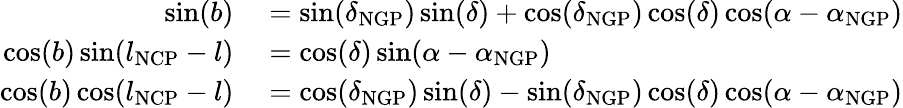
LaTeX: \begin{array}{rl}{\sin(b)}&{{}=\sin(\delta_{\mathrm{NGP}})\sin(\delta)+\cos(\delta_{\mathrm{NGP}})\cos(\delta)\cos(\alpha-\alpha_{\mathrm{NGP}})}\\ {\cos(b)\sin(l_{\mathrm{NCP}}-l)}&{{}=\cos(\delta)\sin(\alpha-\alpha_{\mathrm{NGP}})}\\ {\cos(b)\cos(l_{\mathrm{NCP}}-l)}&{{}=\cos(\delta_{\mathrm{NGP}})\sin(\delta)-\sin(\delta_{\mathrm{NGP}})\cos(\delta)\cos(\alpha-\alpha_{\mathrm{NGP}})}\end{array}